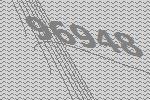
96948